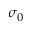
\sigma _ { 0 }